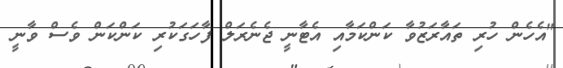
"އެހެން ހުރި ތައާރަޒުވާ ކަންކަމާއި އެޓާނީ ޖެނެރަލް ފާހަގަކުރި ކަންކަން ވެސް ވާނީ